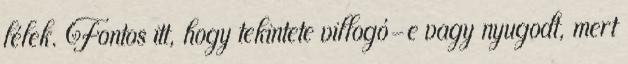
lélek. Fontos itt, hogy tekintete villogó-e vagy nyugodt, mert